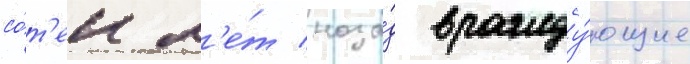
со́т'ен л'е́т наза́д вражду́ющие